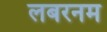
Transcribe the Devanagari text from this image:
लबरनम